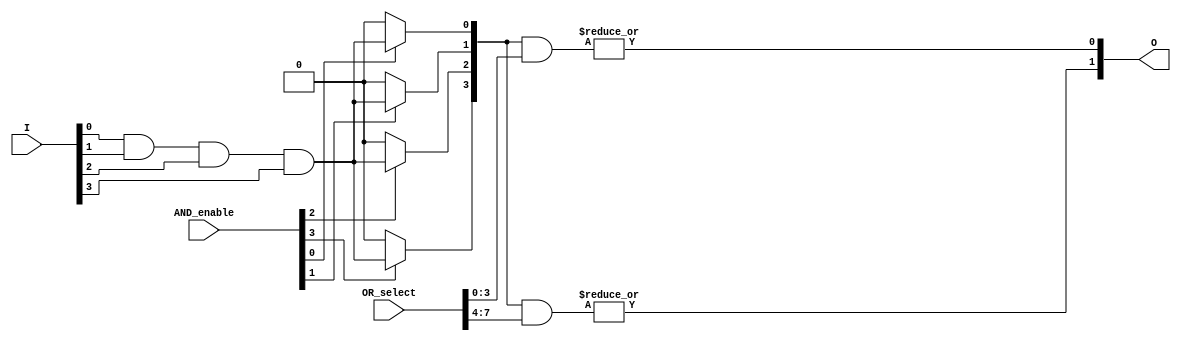
module PLA #(
    parameter N = 4, // Number of inputs
    parameter P = 4, // Number of AND gates (product terms)
    parameter M = 2  // Number of outputs
)(
    input  wire [N-1:0] I, // Input lines
    input  wire [P-1:0] AND_enable, // Enable signals for AND gates
    input  wire [M*P-1:0] OR_select, // Select lines for OR gates
    output wire [M-1:0] O // Output lines
);

// Internal signals for AND gate outputs
wire [P-1:0] AND_out;

// Generate AND gates
genvar i, j;
generate
    for (i = 0; i < P; i = i + 1) begin : and_gates
        assign AND_out[i] = AND_enable[i] ? (I[0] & I[1] & I[2] & I[3]) : 1'b0; // Example: AND of all inputs
    end
endgenerate

// Generate OR gates
generate
    for (j = 0; j < M; j = j + 1) begin : or_gates
        assign O[j] = |(AND_out & OR_select[j*P +: P]); // OR of selected AND outputs
    end
endgenerate

endmodule